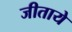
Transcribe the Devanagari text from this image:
जीताये